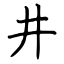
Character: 井